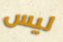
ليس